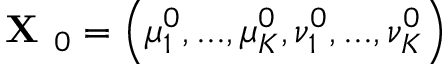
\textbf { X } _ { 0 } = \left( \mu _ { 1 } ^ { 0 } , . . . , \mu _ { K } ^ { 0 } , \nu _ { 1 } ^ { 0 } , . . . , \nu _ { K } ^ { 0 } \right)